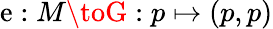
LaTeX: \mathrm{e}:M\toG:p\mapsto(p,p)